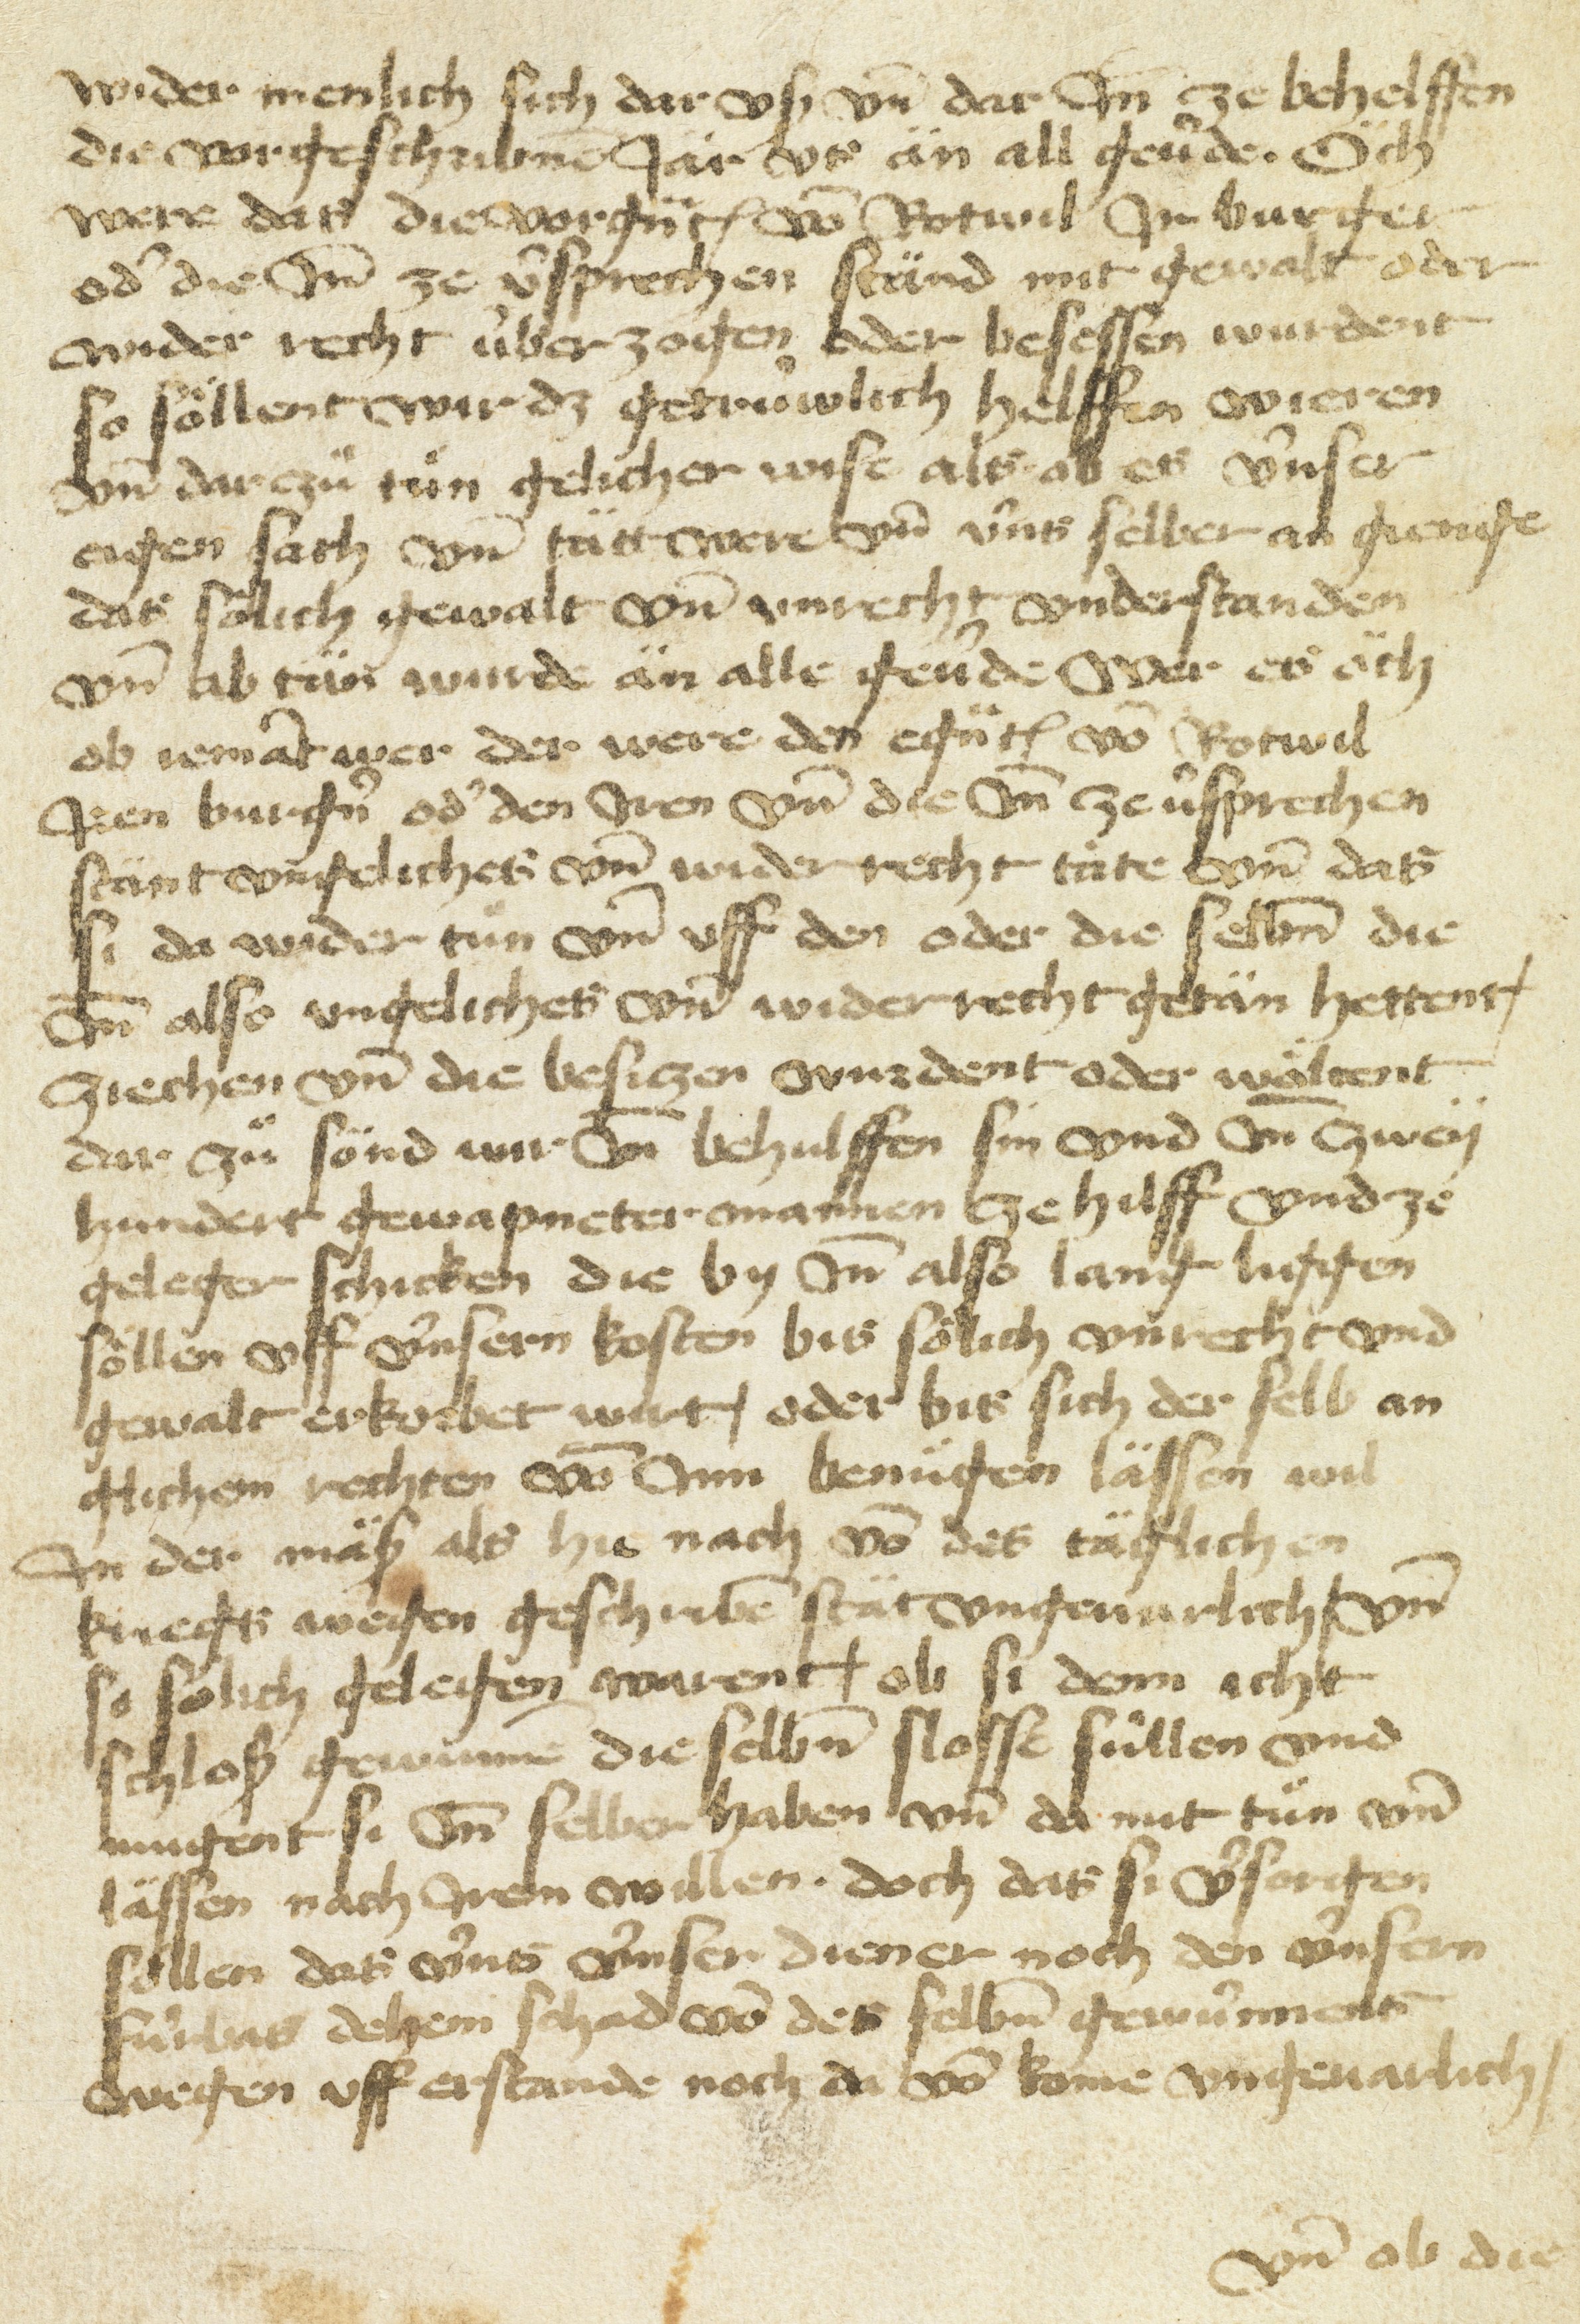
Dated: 1450–1499